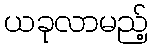
ယခုလာမည့်